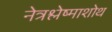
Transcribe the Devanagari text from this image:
नेत्रश्लेष्माशोथ